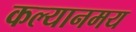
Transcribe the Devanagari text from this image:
कल्यानमय